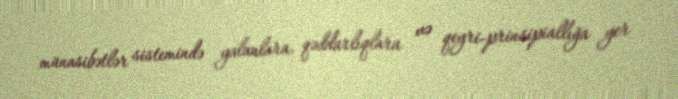
münasibətlər sistemində yalanlara, qəddarlıqlara və qeyri-prinsipiallığa yer